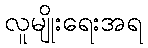
လူမျိုးရေးအရ